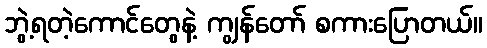
ဘွဲ့ရတဲ့ကောင်တွေနဲ့ ကျွန်တော် စကားပြောတယ်။